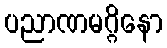
ပညာဏမဂ္ဂိနော